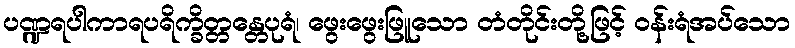
ပဏ္ဍရပါကာရပရိက္ခိတ္တန္တေပုရံ၊ ဖွေးဖွေးဖြူသော တံတိုင်းတို့ဖြင့် ဝန်းရံအပ်သော